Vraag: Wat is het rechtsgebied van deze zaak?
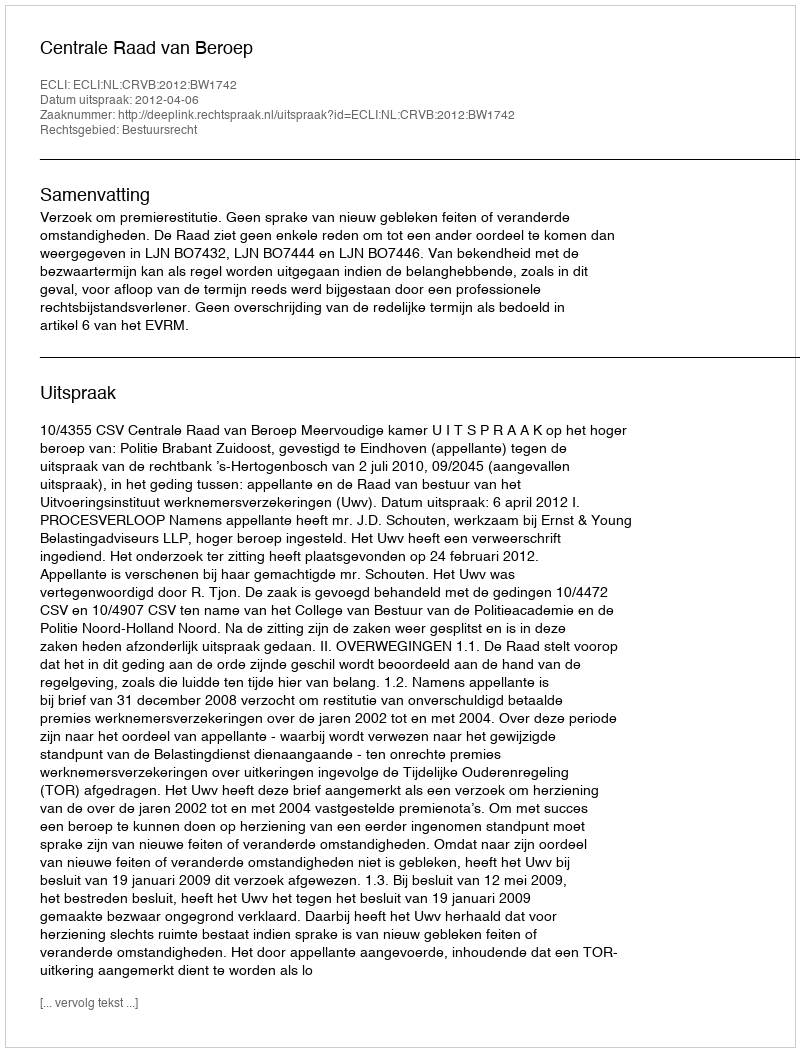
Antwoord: Bestuursrecht